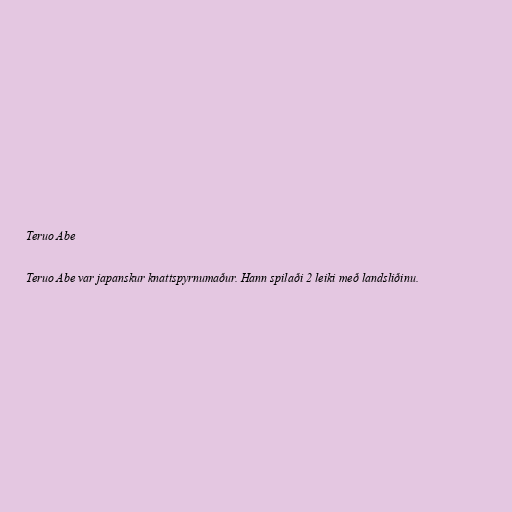
Teruo Abe

Teruo Abe var japanskur knattspyrnumaður. Hann spilaði 2 leiki með landsliðinu.